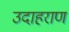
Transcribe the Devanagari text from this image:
उदाहराण